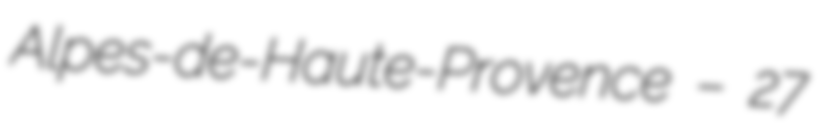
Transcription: Alpes-de-Haute-Provence – 27